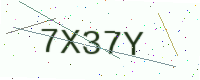
Text: 7X37Y